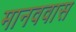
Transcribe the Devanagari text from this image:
मानववास